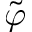
\tilde { \varphi }